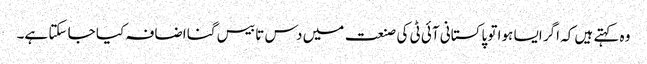
وہ کہتے ہیں کہ اگر ایسا ہوا تو پاکستانی آئی ٹی کی صنعت میں دس تا بیس گنا اضافہ کیا جا سکتا ہے۔